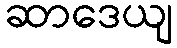
ဆာဒေယျ